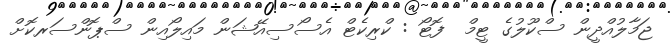
ޖަމާލުއްދީން ސްކޫލުގެ ޓީމް  ފޮޓޯ : ކްރިކެޓް އެސޯސިއޭޝަން މައިލޯއިން ސްޕޮންސަރކޮށް